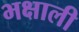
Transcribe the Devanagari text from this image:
भक्षाली